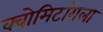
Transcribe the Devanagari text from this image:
क्वोमिटांगला